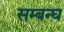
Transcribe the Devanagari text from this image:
सम्बन्घ